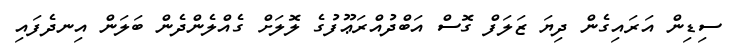
ސިޑިން އަރައިގެން ދިޔަ ޒަލަފް ގޮސް އަބްދުއްރަޢޫފުގެ ލޮލަށް ގެއްލެންދެން ބަލަން އިނދެފައި